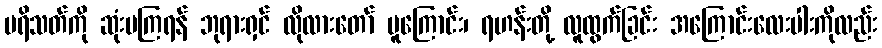
ပရိသတ်ကို ဆုံးမကြရန် ဘုရားရှင် လိုလားတော် မူကြောင်း၊ ရဟန်းတို့ လူထွက်ခြင်း အကြောင်းလေးပါးကိုလည်း